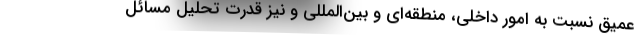
عمیق نسبت به امور داخلی، منطقه‌ای و بین‌المللی و نیز قدرت تحلیل مسائل